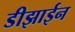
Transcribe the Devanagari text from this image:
डीझाईन